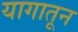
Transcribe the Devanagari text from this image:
यागातून